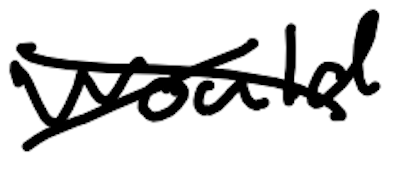
Text: would
Cross-out: cross
Writing tool: digital_black